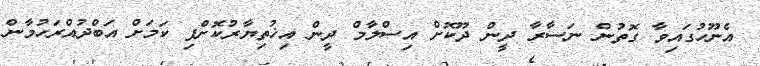
އެނޫހުގައިވާ ގޮތުން ނަސާރާ ދީން ދޫކޮށް އިސްލާމް ދީން އިޚުތިޔާރުކޮށްފި ކަމަށް އަބްދުއްރަހުމާން